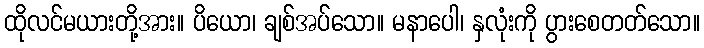
ထိုလင်မယားတို့အား။ ပိယော၊ ချစ်အပ်သော။ မနာပေါ၊ နှလုံးကို ပွားစေတတ်သော။